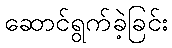
ဆောင်ရွက်ခဲ့ခြင်း